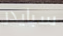
سبايدر